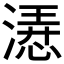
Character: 𣼰